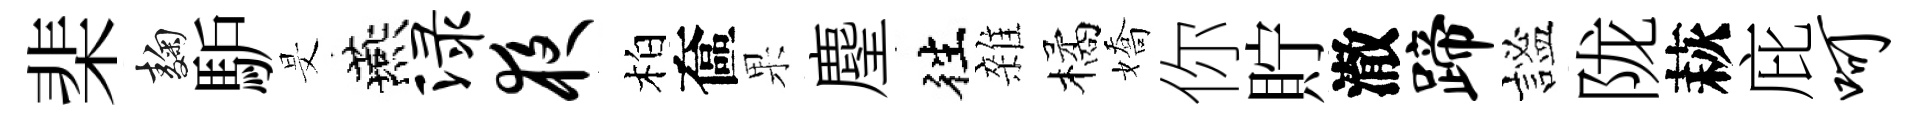
棐麹馿旻燕渌夜柏奩果麈徃雜橘嬌你貯澈蹄謐陇萩庇呵